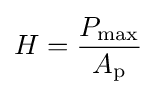
H={\frac {P_{\text{max}}}{A_{\text{p}}}}